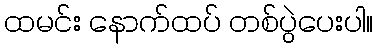
ထမင်း နောက်ထပ် တစ်ပွဲပေးပါ။